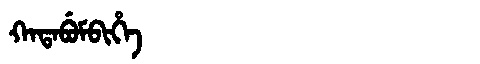
Manchu: ᡴᠠᡨᠠᠪᡠᠮᠪᡳᡥᡝ
Romanization: KATABUMBIHE